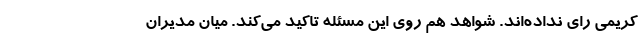
کریمی رای نداده‌اند. شواهد هم روی این مسئله تاکید می‌کند. میان مدیران